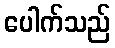
ပေါက်သည်